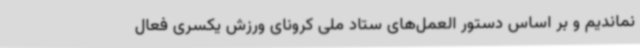
نماندیم و بر اساس دستور العمل‌های ستاد ملی کرونای ورزش یکسری فعال